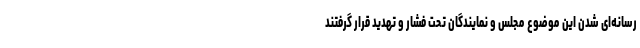
رسانه‌ای شدن این موضوع مجلس و نمایندگان تحت فشار و تهدید قرار گرفتند